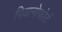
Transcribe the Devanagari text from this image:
पियानोफोर्ट